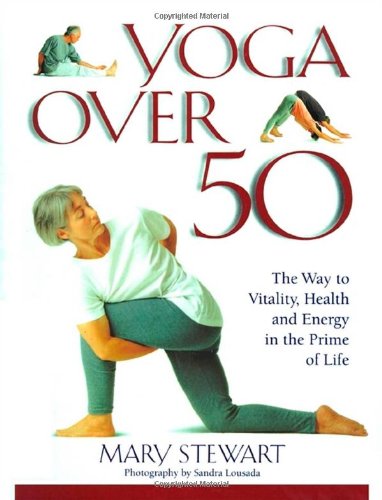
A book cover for Yoga Over 50; Mary Stewart; Health, Fitness & Dieting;